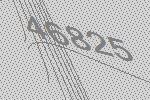
46825